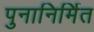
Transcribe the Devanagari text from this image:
पुनानिर्मित